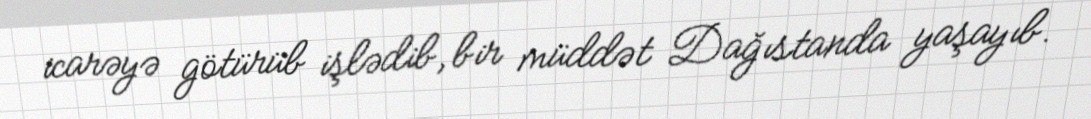
icarəyə götürüb işlədib, bir müddət Dağıstanda yaşayıb.